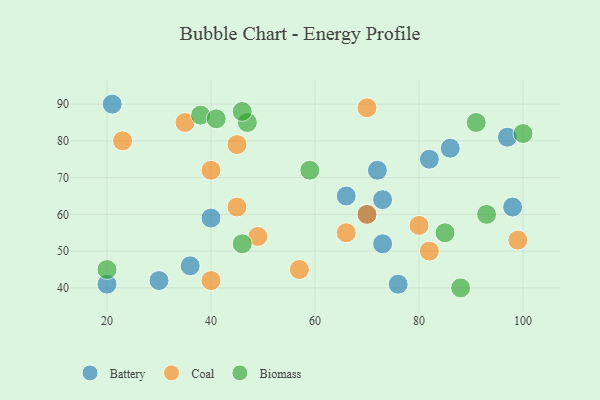
{"axis": {"x": "GDP", "y": "Life Expectancy"}, "legend": ["Battery", "Biomass", "Coal"], "data": [{"x": "36", "y": 46, "type": "Battery"}, {"x": "21", "y": 90, "type": "Battery"}, {"x": "86", "y": 78, "type": "Battery"}, {"x": "97", "y": 81, "type": "Battery"}, {"x": "70", "y": 60, "type": "Battery"}, {"x": "40", "y": 59, "type": "Battery"}, {"x": "72", "y": 72, "type": "Battery"}, {"x": "73", "y": 52, "type": "Battery"}, {"x": "98", "y": 62, "type": "Battery"}, {"x": "76", "y": 41, "type": "Battery"}, {"x": "82", "y": 75, "type": "Battery"}, {"x": "66", "y": 65, "type": "Battery"}, {"x": "73", "y": 64, "type": "Battery"}, {"x": "30", "y": 42, "type": "Battery"}, {"x": "20", "y": 41, "type": "Battery"}, {"x": "70", "y": 89, "type": "Coal"}, {"x": "49", "y": 54, "type": "Coal"}, {"x": "80", "y": 57, "type": "Coal"}, {"x": "23", "y": 80, "type": "Coal"}, {"x": "40", "y": 72, "type": "Coal"}, {"x": "45", "y": 79, "type": "Coal"}, {"x": "70", "y": 60, "type": "Coal"}, {"x": "57", "y": 45, "type": "Coal"}, {"x": "40", "y": 42, "type": "Coal"}, {"x": "82", "y": 50, "type": "Coal"}, {"x": "45", "y": 62, "type": "Coal"}, {"x": "35", "y": 85, "type": "Coal"}, {"x": "99", "y": 53, "type": "Coal"}, {"x": "66", "y": 55, "type": "Coal"}, {"x": "88", "y": 40, "type": "Biomass"}, {"x": "91", "y": 85, "type": "Biomass"}, {"x": "100", "y": 82, "type": "Biomass"}, {"x": "38", "y": 87, "type": "Biomass"}, {"x": "47", "y": 85, "type": "Biomass"}, {"x": "85", "y": 55, "type": "Biomass"}, {"x": "46", "y": 88, "type": "Biomass"}, {"x": "20", "y": 45, "type": "Biomass"}, {"x": "41", "y": 86, "type": "Biomass"}, {"x": "59", "y": 72, "type": "Biomass"}, {"x": "46", "y": 52, "type": "Biomass"}, {"x": "93", "y": 60, "type": "Biomass"}]}